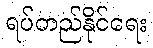
ရပ်တည်နိုင်ရေး